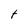
Character: t